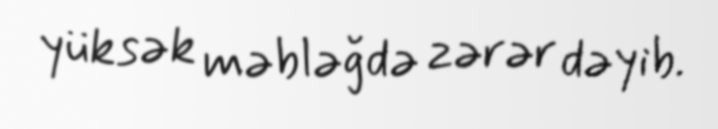
yüksək məbləğdə zərər dəyib.